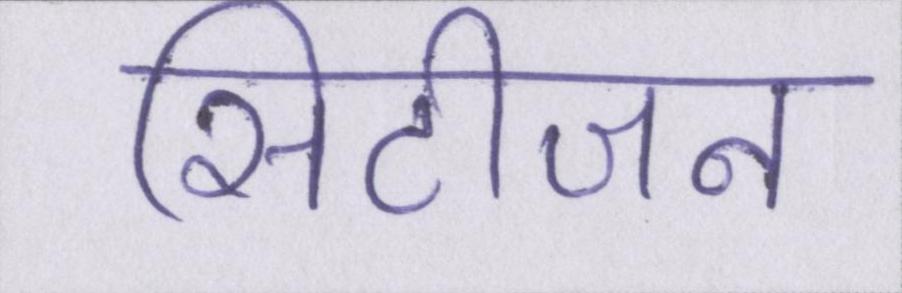
सिटीजन